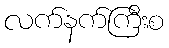
လက်နက်ကြီးစ